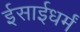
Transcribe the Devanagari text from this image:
ईसाईधर्मं